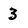
Character: 3